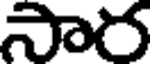
సార